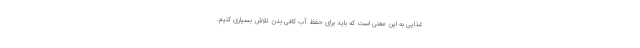
غذایی به این معنی است که باید برای حفظ آب کافی بدن تلاش بسیاری کنیم.